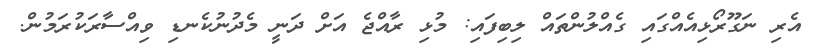
އެރި ނަގޫރޯޅިއެއްގައި ގެއްލުންތައް ލިބިފައި: މުޅި ރާއްޖެ އަށް ދަނީ މެދުނުކެނޑި ވިއްސާރަކުރަމުން.